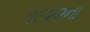
૧૯૨૨ના